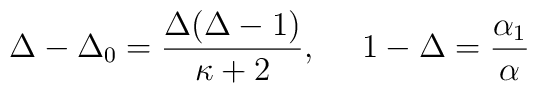
\Delta - \Delta_0 = \frac{\Delta(\Delta-1)}{\kappa + 2},~~~~ 1-\Delta = {\alpha_1\over\alpha}